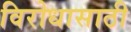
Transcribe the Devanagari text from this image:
विरोधासाठी